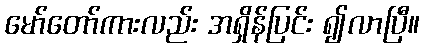
မော်တော်ကားလည်း အရှိန်ပြင်း ၍လာပြီ။